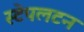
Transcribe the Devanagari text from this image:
स्टेपलटन